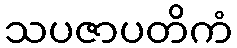
သပဇာပတိကံ